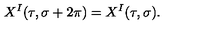
X ^ { I } ( \tau , \sigma + 2 \pi ) = X ^ { I } ( \tau , \sigma ) .